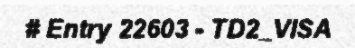
# Entry 22603 - TD2_VISA